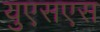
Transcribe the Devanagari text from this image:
युएसएस